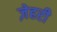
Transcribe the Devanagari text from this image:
ज़ेहरी